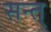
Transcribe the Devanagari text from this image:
सन्त्